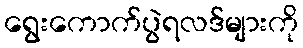
ရွေးကောက်ပွဲရလဒ်များကို